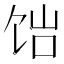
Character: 𬲴